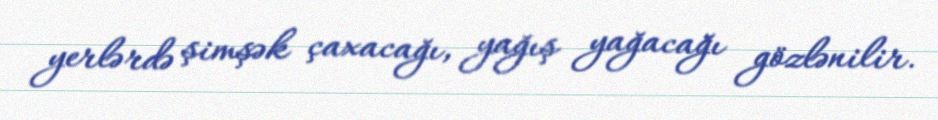
yerlərdə şimşək çaxacağı, yağış yağacağı gözlənilir.